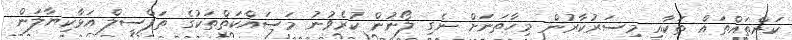
ކަންތައްތައް ތަކާއި މިސަރުކާރުން މިހާތަނަށް ނެގި ލޯނުން ކުރެވުނު މަސައްކަތްތަކުގެ ތަފްސީލް އަޅާކިޔާލަން